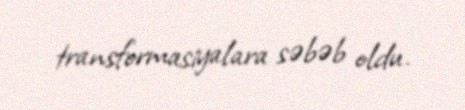
transformasiyalara səbəb oldu.